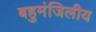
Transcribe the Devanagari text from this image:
बहुमंजिलीय